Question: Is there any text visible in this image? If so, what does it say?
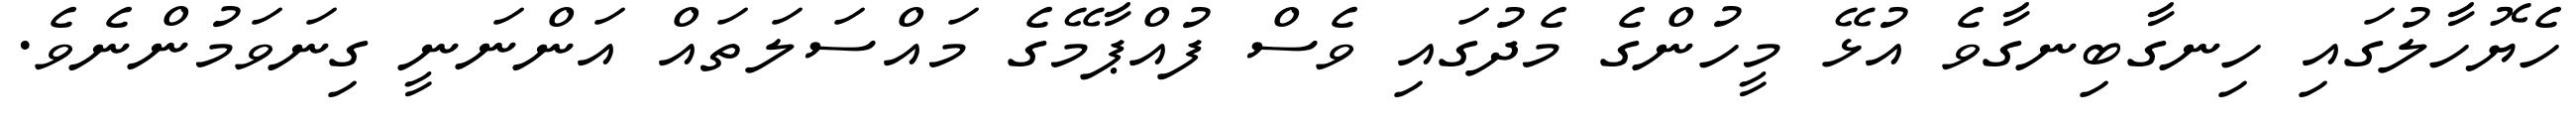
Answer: ހެޔޮހާލުގައި ހިނގާބިނގާވެ އުޅޭ މީހުންގެ މެދުގައި ވެސް ފުއްޕާމޭގެ މައްސަލަތައް އަންނަނީ ގިނަވަމުންނެވެ.